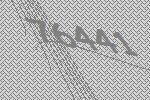
76441